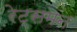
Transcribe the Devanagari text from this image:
रेट्समन